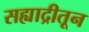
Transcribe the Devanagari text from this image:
सह्याद्रीतून